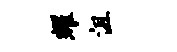
耀沮